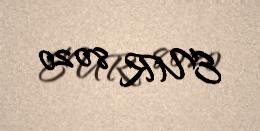
EUR 8020